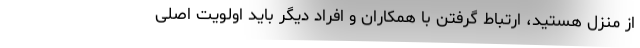
از منزل هستید، ارتباط گرفتن با همکاران و افراد دیگر باید اولویت اصلی